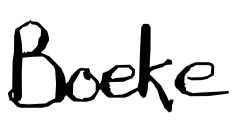
Text: Boeke
Cross-out: clean
Writing tool: digital_black